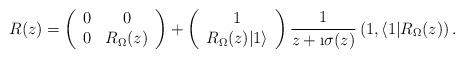
LaTeX: \begin{align*} R(z) = \left( \begin{array}{cc} 0&0 \\ 0& R_{\Omega}(z)\end{array}\right) +\left( \begin{array}{c} 1 \\ R_{\Omega}(z)|1 \rangle\end{array}\right)\frac{1}{z+\i \sigma(z)} \left( 1, \langle 1 | R_{\Omega}(z) \right ) .\end{align*}